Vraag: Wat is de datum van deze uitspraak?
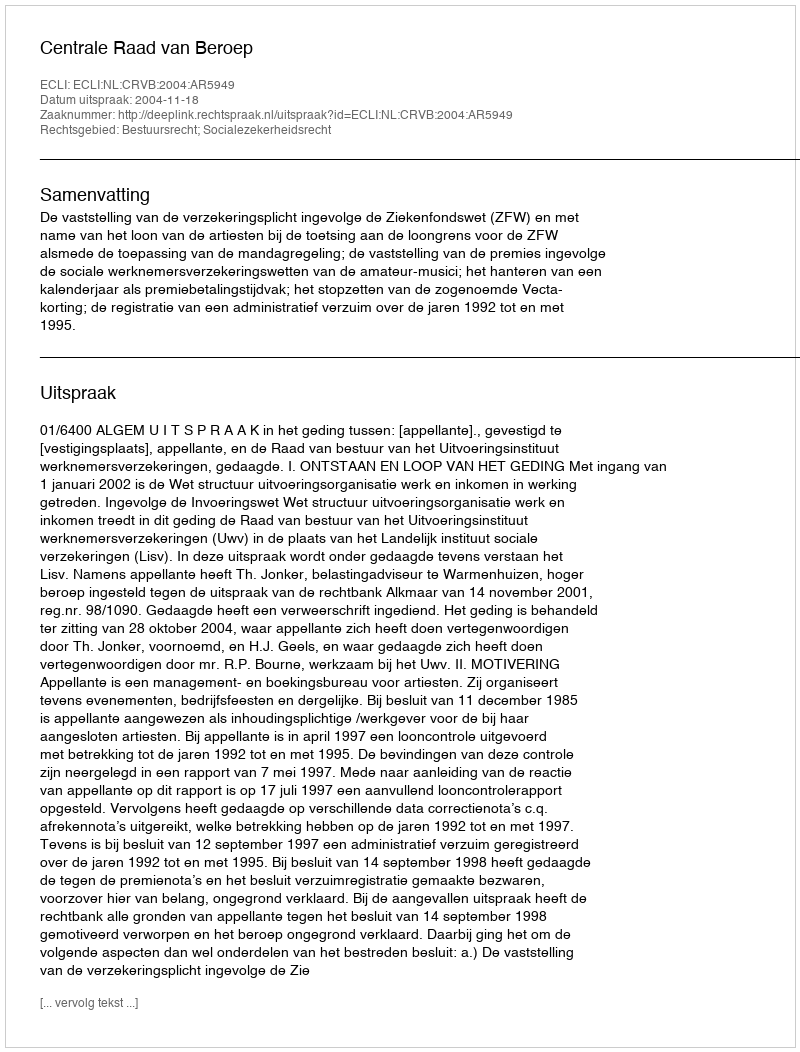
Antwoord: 2004-11-18